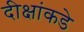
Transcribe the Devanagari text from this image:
दीक्षांकडे